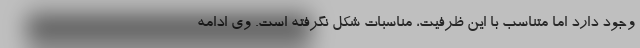
وجود دارد اما متناسب با این ظرفیت، مناسبات شکل نگرفته است. وی ادامه